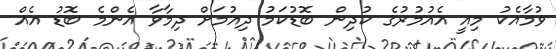
ވުމާއެކު މިއީ އެއުމުރުގެ ކުދިން ބޮޑުކަމު ދިއުމަށް ދިމާވާ އެންމެ ބޮޑު އެއް